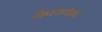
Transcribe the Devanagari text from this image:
मैपक्वेस्ट